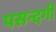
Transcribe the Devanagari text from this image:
पसन्दगी